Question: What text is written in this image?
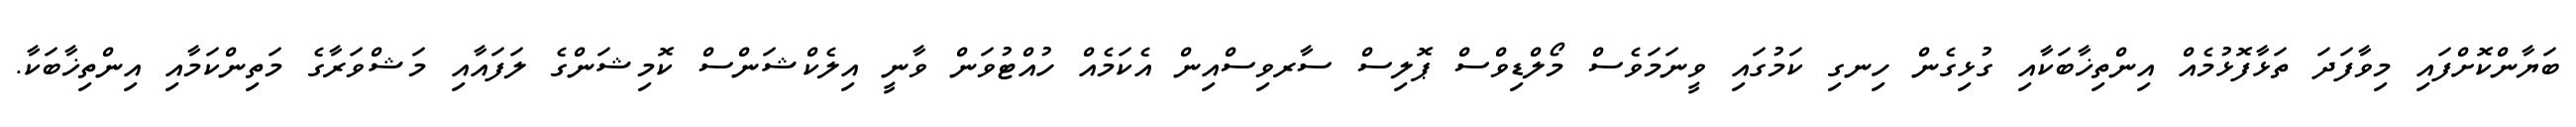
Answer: ބަޔާންކޮށްފައި މިވާފަދަ ތަޅާފޮޅުމެއް އިންތިޚާބަކާއި ގުޅިގެން ހިނގި ކަމުގައި ވީނަމަވެސް މޯލްޑިވްސް ޕޮލިސް ސާރވިސްއިން އެކަމެއް ހުއްޓުވަން ވާނީ އިލެކްޝަންސް ކޮމިޝަންގެ ލަފައާއި މަޝްވަރާގެ މަތިންކަމާއި އިންތިޚާބަކާ.